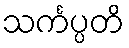
သင်္ကပ္ပတိ